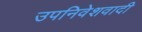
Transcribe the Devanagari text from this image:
उपनिवेशवादी